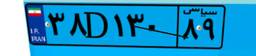
۳۸D۱۳۰۸۹